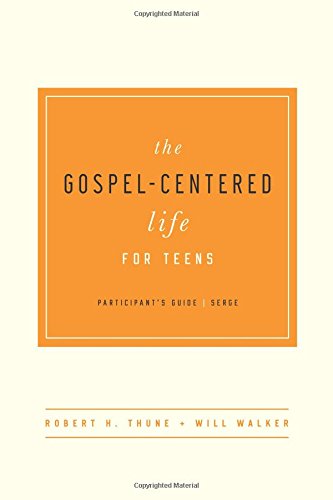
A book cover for The Gospel-Centered Life for Teens Participant's Guide; Robert H. Thune; Christian Books & Bibles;